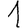
Digit: 1